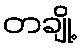
တချို့